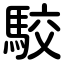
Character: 駮